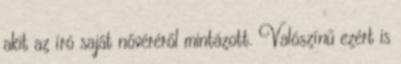
akit az író saját nővéréről mintázott. Valószínű ezért is